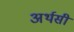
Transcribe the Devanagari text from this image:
अर्थसी